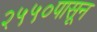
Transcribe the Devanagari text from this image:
२५५०पासून